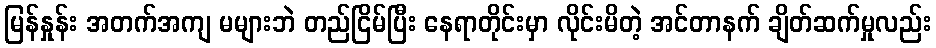
မြန်နှုန်း အတက်အကျ မများဘဲ တည်ငြိမ်ပြီး နေရာတိုင်းမှာ လိုင်းမိတဲ့ အင်တာနက် ချိတ်ဆက်မှုလည်း